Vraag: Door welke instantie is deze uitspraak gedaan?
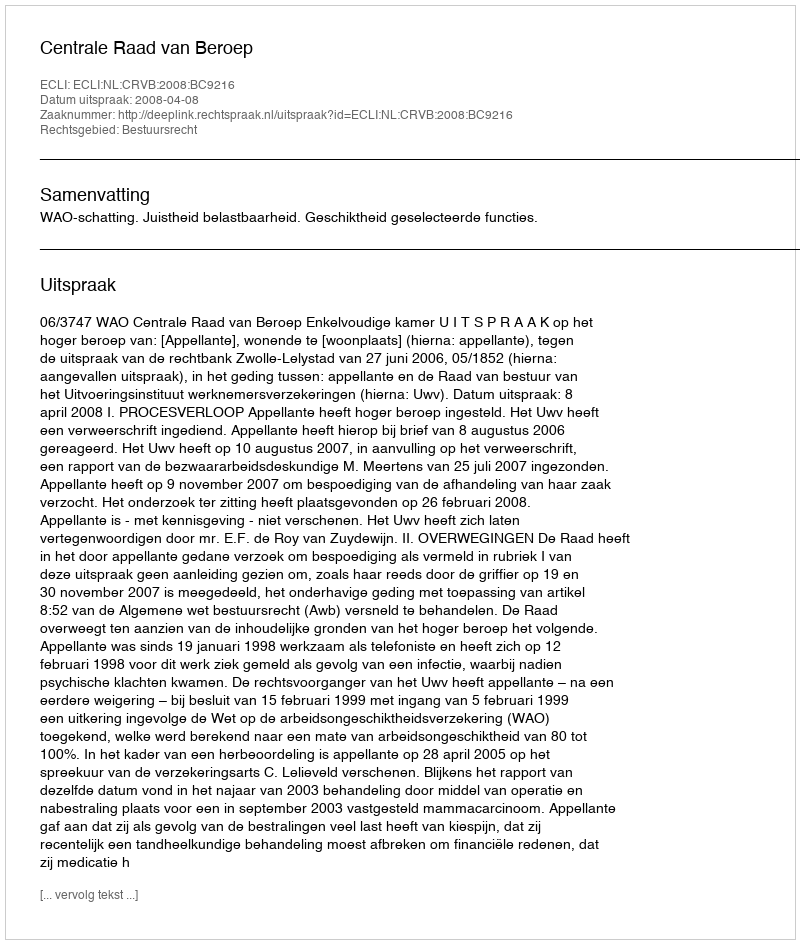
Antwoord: Centrale Raad van Beroep